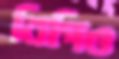
বিপিও